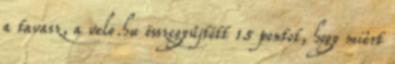
a tavasz, a velo.hu összegyűjtött 15 pontot, hogy miért